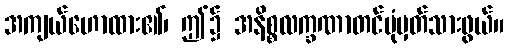
အကျယ်ဟောထား၏၊ ဤ၌ အနိစ္စလက္ခဏာတင်ပုံမှတ်သားဖွယ်။